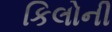
કિલોની